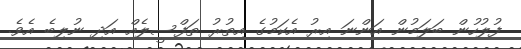
ފުލުހުން ބަލަމުން އަންނަ އިރު އެކަމުގެ އިތުރު ތަފްސީލެއް އަދި ނުލިބެ އެވެ.